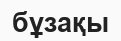
бұзақы